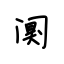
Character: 阒